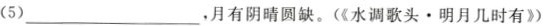
(5)___，月有阴晴圆缺。(《水调歌头·明月几时有》)